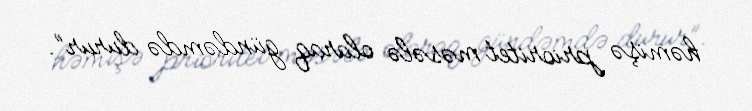
həmişə prioritet məsələ olaraq gündəmdə durur”.